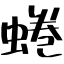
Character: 蜷